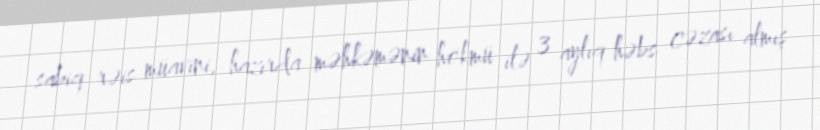
sabiq rəis müavini, hazırda məhkəmənin hökmü ilə 3 aylıq həbs cəzası almış